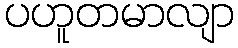
ပဟူတမာလျာ